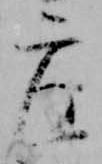
座